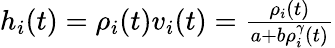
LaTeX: \begin{array}{r}{h_{i}(t)=\rho_{i}(t)v_{i}(t)=\frac{\rho_{i}(t)}{a+b\rho_{i}^{\gamma}(t)}}\end{array}